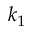
k _ { 1 }